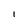
Character: l